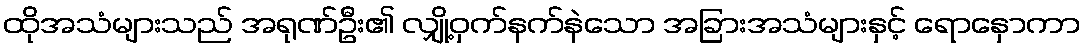
ထိုအသံများသည် အရုဏ်ဦး၏ လျှို့ဝှက်နက်နဲသော အခြားအသံများနှင့် ရောနှောကာ